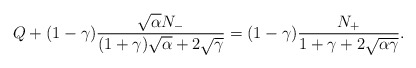
\begin{align*}Q+(1-\gamma)\frac{\sqrt{\alpha}N_{-}}{(1+\gamma)\sqrt{\alpha}+2\sqrt{\gamma}}=(1-\gamma)\frac{N_{+}}{1+\gamma+2\sqrt{\alpha\gamma}}.\end{align*}